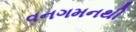
વનગમનથી